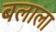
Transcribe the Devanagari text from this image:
बलाला